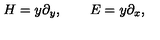
H = y \partial _ { y } , \quad \quad E = y \partial _ { x } ,